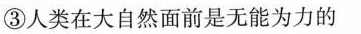
③人类在大自然面前是无能为力的